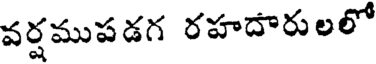
వర్షముపడగ రహదారులలో